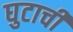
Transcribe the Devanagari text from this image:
घुटाची